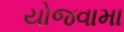
યોજવામા